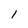
Character: 1